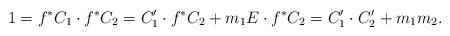
LaTeX: \begin{align*}1=f^{\ast}C_1\cdot f^{\ast}C_2=C_1^{\prime}\cdot f^{\ast}C_2+m_1E\cdot f^{\ast}C_2=C_1^{\prime}\cdot C_2^{\prime}+m_1m_2.\end{align*}